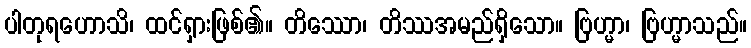
ပါတုရဟောသိ၊ ထင်ရှားဖြစ်၏။ တိဿော၊ တိဿအမည်ရှိသော။ ဗြဟ္မာ၊ ဗြဟ္မာသည်။